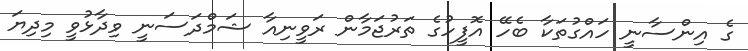
ގެ އިންސާނީ ހައްގުތަކާ ބެހޭ އޮފީހުގެ ތަރުޖަމާން ރަވީނިއާ ޝަމްދަސަނީ ވިދާޅުވީ މިދިޔަ